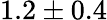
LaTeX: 1.2\pm 0.4